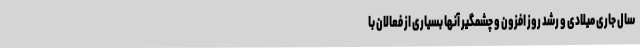
سال جاری میلادی و رشد روز افزون و چشمگیر آنها بسیاری از فعالان با